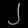
Digit: ၂